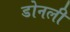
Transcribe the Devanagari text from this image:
डोनली